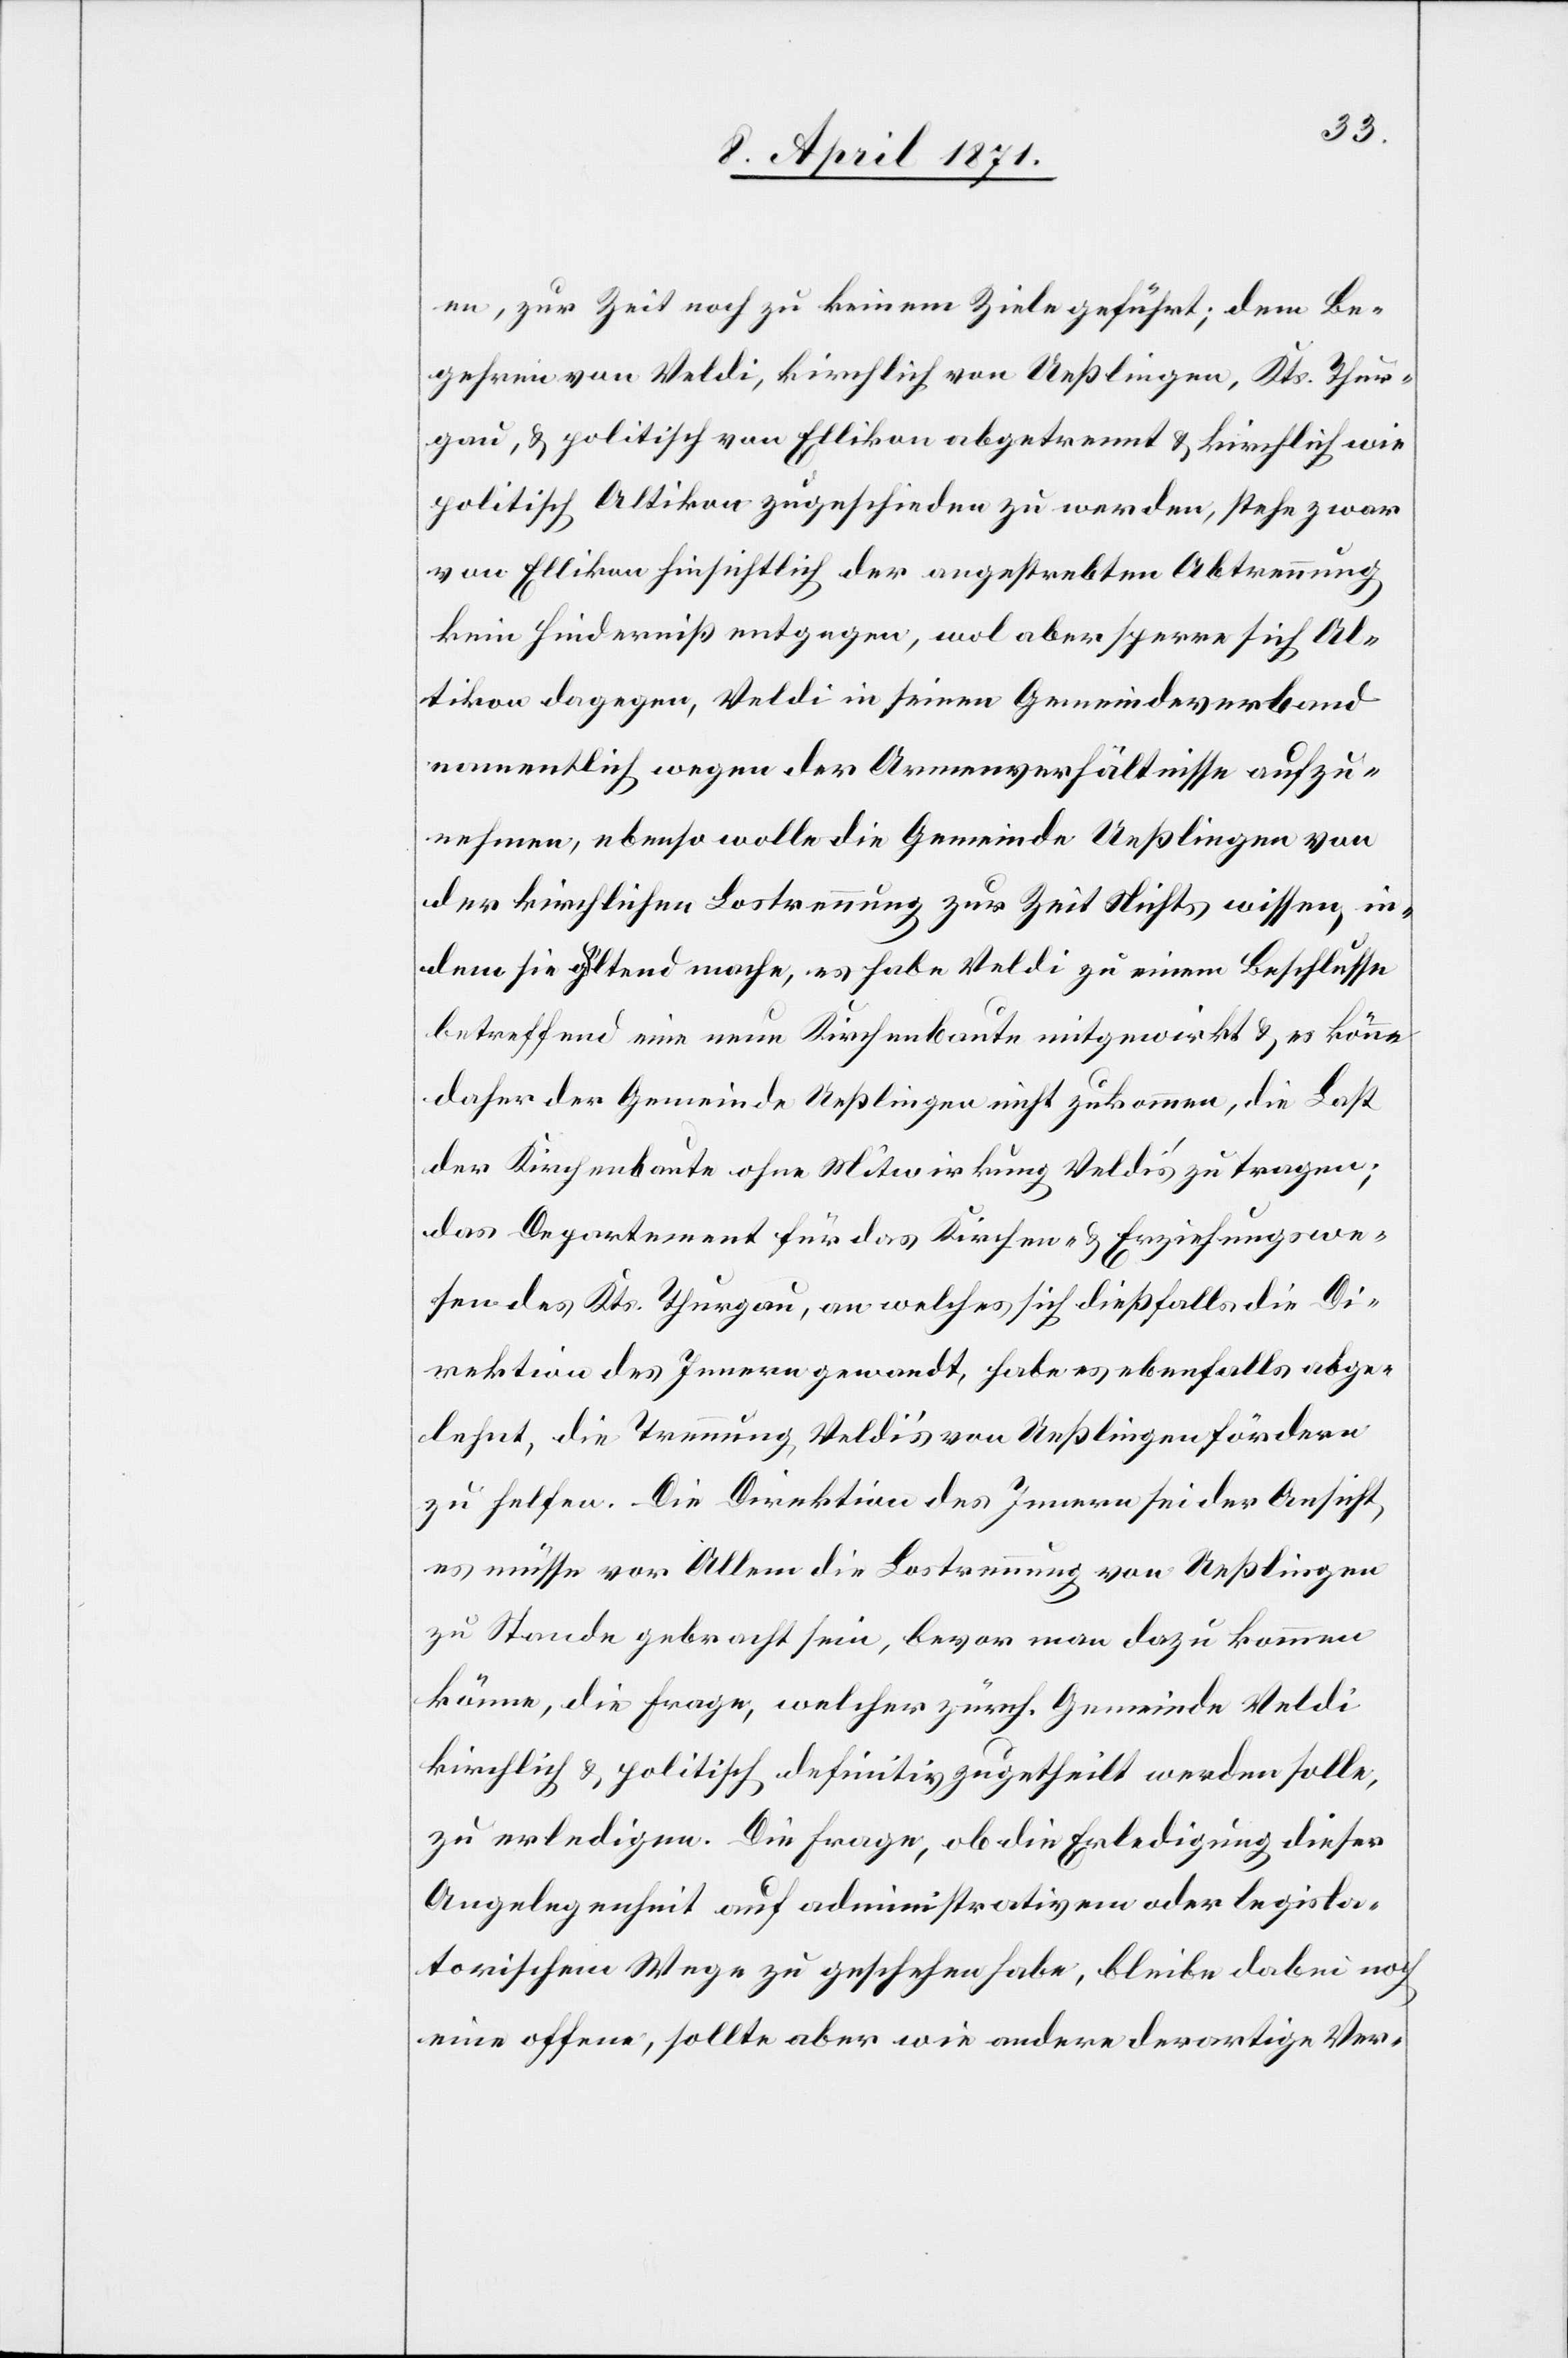
en, zur Zeit noch zu keinem Ziele geführt; dem Be¬
gehren von Veldi, kirchlich von Ueßlingen, Kts. Thur¬
gau, u. politisch von Ellikon abgetrennt u. kirchlich wie
politisch Altikon zugeschieden zu werden, stehe zwar
von Ellikon hinsichtlich der angestrebten Abtrennung
kein Hinderniß entgegen, wol aber sperre sich Al¬
tikon dagegen, Veldi in seinen Gemeindeverband
namentlich wegen der Armenverhältnisse aufzu¬
nehmen, ebenso wolle die Gemeinde Ueßlingen von
der kirchlichen Lostrennung zur Zeit Nichts wissen, in¬
dem sie geltend mache, es habe Veldi zu einem Beschlusse
betreffend eine neue Kirchenbaute mitgewirkt u. es könne
daher der Gemeinde Ueßlingen nicht zukommen, die Last
der Kirchenbaute ohne Mitwirkung Veldi‘s zu tragen;
das Departement für das Kirchen- u. Erziehungswe¬
sen des Kts. Thurgau, an welches sich dießfalls die Di¬
rektion des Innern gewandt, habe es ebenfalls abge¬
lehnt, die Trennung Veldi’s von Ueßlingen fördern
zu helfen. Die Direktion des Innern sei der Ansicht,
es müsse vor Allem die Lostrennung von Ueßlingen
zu Stande gebracht sein, bevor man dazu kommen
könne, die Frage, welcher zürch. Gemeinde Veldi
kirchlich u. politisch definitiv zugetheilt werden solle,
zu erledigen. Die Frage, ob die Erledigung dieser
Angelegenheit auf administrativem oder legisla¬
torischem Wege zu geschehen habe, bleibe dabei noch
eine offene, sollte aber wie andere derartige Ver-